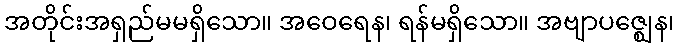
အတိုင်းအရှည်မမရှိသော။ အဝေရေန၊ ရန်မရှိသော။ အဗျာပဇ္ဈေန၊